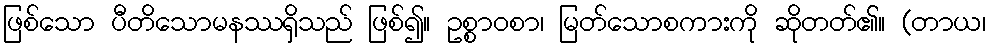
ဖြစ်သော ပီတိသောမနဿရှိသည် ဖြစ်၍။ ဥစ္စာဝစာ၊ မြတ်သောစကားကို ဆိုတတ်၏။ (တာယ၊